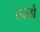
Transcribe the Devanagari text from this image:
तरतौ